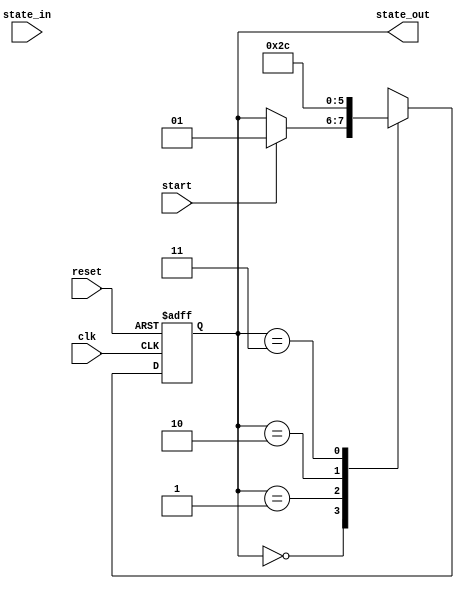
module state_machine (
  input clk,
  input reset,
  input start,
  input [1:0] state_in,
  output reg [1:0] state_out
);
  reg [1:0] next_state;

  always @(posedge clk or posedge reset) begin
    if (reset) begin
      state_out <= 2'b00;
    end else begin
      state_out <= next_state;
    end
  end

  always @* begin
    next_state = state_out;
    case (state_out)
      2'b00: if (start) next_state = 2'b01;
      2'b01: next_state = 2'b10;
      2'b10: next_state = 2'b11;
      2'b11: next_state = 2'b00;
    endcase
  end

endmodule